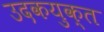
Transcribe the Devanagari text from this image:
उदकयुक्त